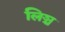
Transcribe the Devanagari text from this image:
लिञ्च